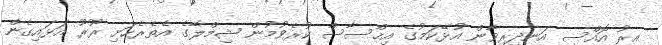
އިރު އޮއްސި އަނދިރިވާން އުޅޭކަމުގެ އިޙްސާސް ކުރެވުމުން ޝިމްލާގެ އެތެރެހަށި ރޫރޫ އަޅައިގެން